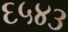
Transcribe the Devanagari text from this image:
६५४३